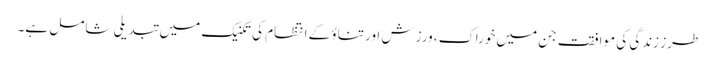
طرز زندگی کی موافقت جن میں خوراک ، ورزش اور تناؤ کے انتظام کی تکنیک میں تبدیلی شامل ہے۔